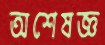
অশেষজ্ঞ